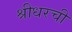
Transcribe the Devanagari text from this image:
श्रीधरची